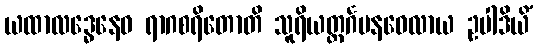
ယထာလဒ္ဓေနေဝ ရာဂစရိတောတိ သူရိယတ္ထင်္ဂမနဝေလာယ ဥပါဒိယိံ